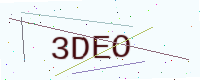
Text: 3DEO